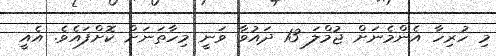
މި ހުރިހާ އެންމެނަށް ޖުމްލަ 13 ދައުވާ ވަނީ މިހާތަނަށް ކޮށްފައެވެ. އެއީ